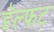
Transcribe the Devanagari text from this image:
डॅल्फट